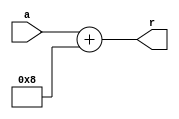
// add8.v

module Add8(
	input [31:0] a,
	output [31:0] r
    );

	assign r = a + 8;
	
endmodule